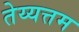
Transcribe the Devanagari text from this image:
तेय्यत्तम